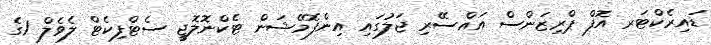
ޑައިރެކްޓަރ އޮފް ޕްރިޒަންސް އައްސޭރި ޖަލުގައި އިންފޮމޭޝަން ޓެކްނޮލޮޖީ ސެޓްފިކެޓް ލެވެލް 1ގެ